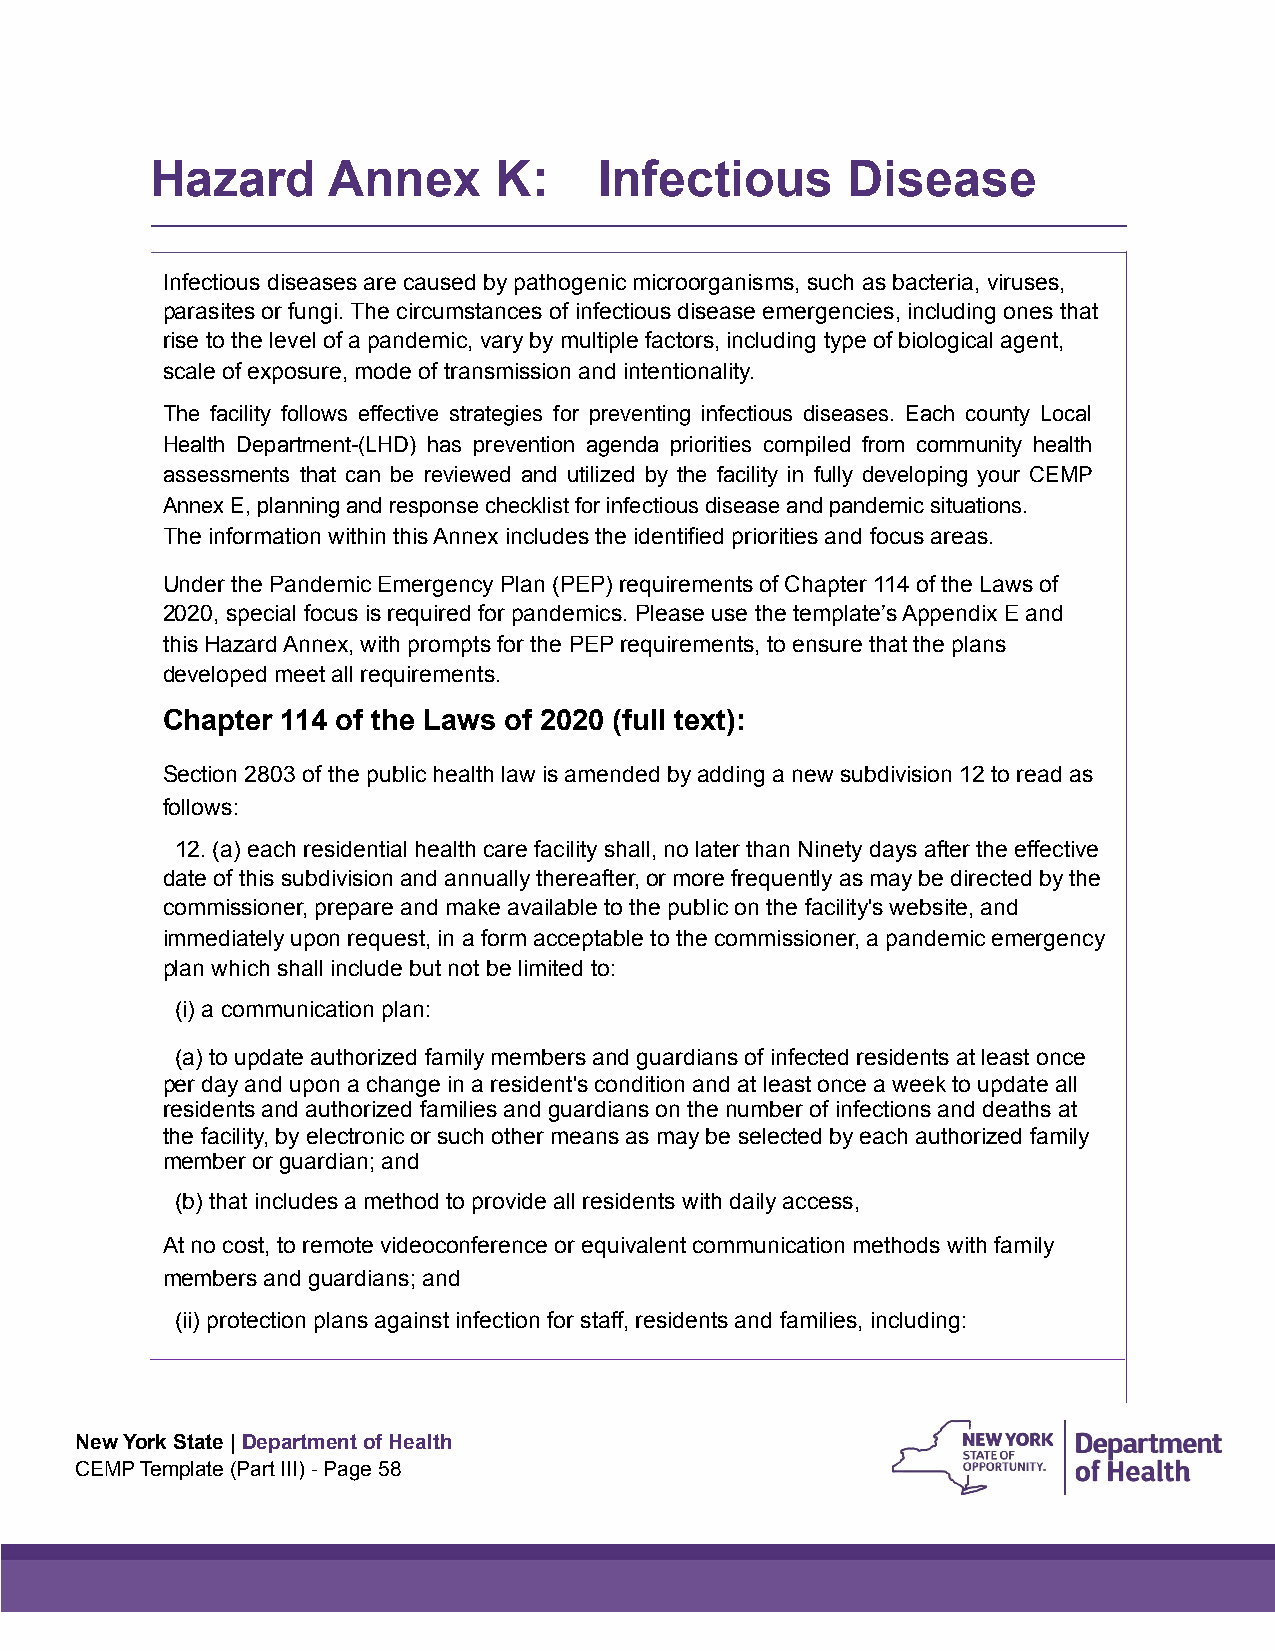
Hazard      Annex      K:     Infectious      Disease
 Infectious diseases are caused by pathogenic microorganisms, such as bacteria, viruses,
 parasites or fungi. The circumstances of infectious disease emergencies, including ones that
 rise to the level of a pandemic, vary by multiple factors, including type of biological agent,
 scale of exposure, mode of transmission and intentionality.
 The facility follows effective strategies for preventing infectious diseases. Each county Local
 Health Department-(LHD) has prevention agenda priorities compiled from community health
 assessments that can be reviewed and utilized by the facility in fully developing your CEMP
 Annex E, planning and response checklist for infectious disease and pandemic situations.
 The information within this Annex includes the identified priorities and focus areas.
 Under the Pandemic Emergency Plan (PEP) requirements of Chapter 114 of the Laws of
 2020, special focus is required for pandemics. Please use the template’s Appendix E and
 this Hazard Annex, with prompts for the PEP requirements, to ensure that the plans
 developed meet all requirements.
 Chapter 114 of the Laws of 2020 (full text):
 Section 2803 of the public health law is amended by adding a new subdivision 12 to read as
 follows:
 12. (a) each residential health care facility shall, no later than Ninety days after the effective
 date of this subdivision and annually thereafter, or more frequently as may be directed by the
 commissioner, prepare and make available to the public on the facility's website, and
 immediately upon request, in a form acceptable to the commissioner, a pandemic emergency
 plan which shall include but not be limited to:
 (i) a communication plan:
 (a) to update authorized family members and guardians of infected residents at least once
 per day and upon a change in a resident's condition and at least once a week to update all
 residents and authorized families and guardians on the number of infections and deaths at
 the facility, by electronic or such other means as may be selected by each authorized family
 member or guardian; and
 (b) that includes a method to provide all residents with daily access,
 At no cost, to remote videoconference or equivalent communication methods with family
 members and guardians; and
 (ii) protection plans against infection for staff, residents and families, including:
 New York State | Department of Health
 CEMP Template (Part III) - Page 58